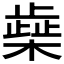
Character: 𰘭